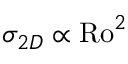
\sigma _ { 2 D } \propto \mathrm { R o } ^ { 2 }